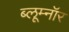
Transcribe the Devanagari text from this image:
ब्लूम्नॉर